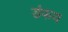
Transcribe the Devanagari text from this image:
डंफय